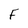
Character: F